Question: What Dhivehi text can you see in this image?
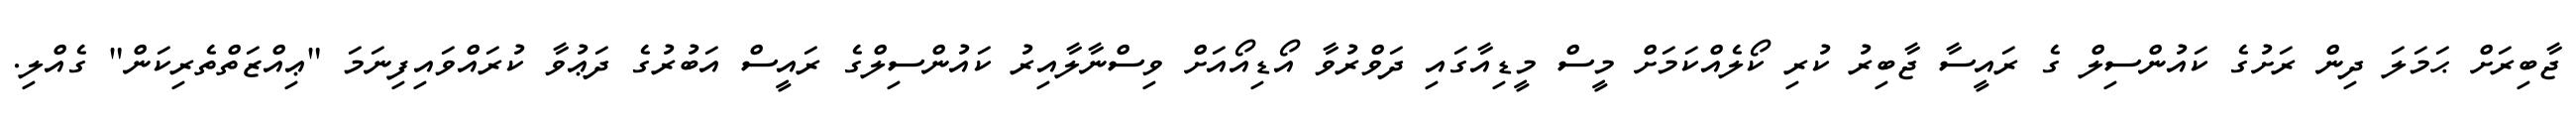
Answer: ޖާބިރަށް ޙަމަލަ ދިން ރަށުގެ ކައުންސިލް ގެ ރައީސާ ޖާބިރު ކުރި ކޯލެއްކަމަށް މީސް މީޑިއާގައި ދަވްރުވާ އޯޑިއޯއަށް ވިސްނާލާއިރު ކައުންސިލްގެ ރައީސް އަބުރުގެ ދަޢުވާ ކުރައްވައިފިނަމަ "ޢިއްޒަތްތެރިކަން" ގެއްލި.